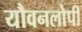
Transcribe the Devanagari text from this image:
यौवनलोपी